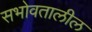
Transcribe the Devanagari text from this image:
सभोवतालील